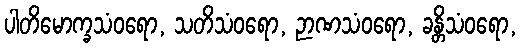
ပါတိမောက္ခသံဝရော, သတိသံဝရော, ဉာဏသံဝရော, ခန္တိသံဝရော,